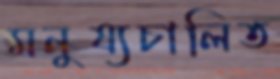
মনুষ্যচালিত